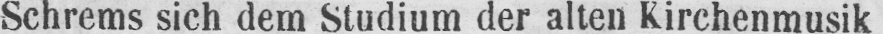
Schrems sich dem Studium der alten Kirchenmusik